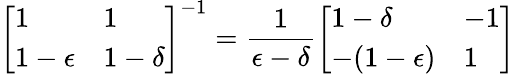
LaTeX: \left[\begin{array}{ll}{1}&{1}\\ {1-\epsilon}&{1-\delta}\end{array}\right]^{-1}=\frac{1}{\epsilon-\delta}\left[\begin{array}{ll}{1-\delta}&{-1}\\ {-(1-\epsilon)}&{1}\end{array}\right]